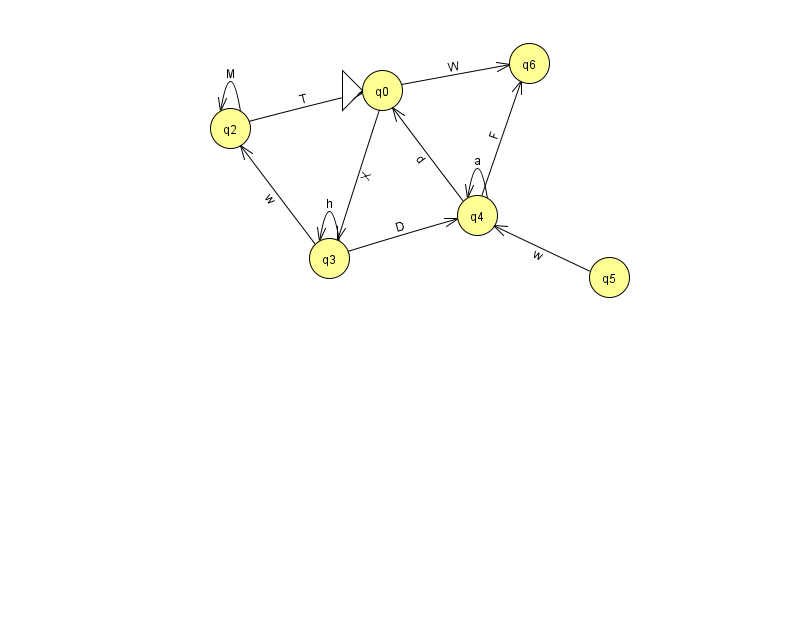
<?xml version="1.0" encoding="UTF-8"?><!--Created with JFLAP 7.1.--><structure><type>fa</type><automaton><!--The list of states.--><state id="0" name="q0"><x>382.0</x><y>77.0</y><initial/></state><state id="2" name="q2"><x>230.0</x><y>115.0</y></state><state id="3" name="q3"><x>329.0</x><y>245.0</y></state><state id="4" name="q4"><x>477.0</x><y>202.0</y></state><state id="5" name="q5"><x>609.0</x><y>264.0</y></state><state id="6" name="q6"><x>529.0</x><y>50.0</y></state><!--The list of transitions.--><transition><from>0</from><to>3</to><read>X</read></transition><transition><from>0</from><to>6</to><read>W</read></transition><transition><from>2</from><to>0</to><read>T</read></transition><transition><from>4</from><to>4</to><read>a</read></transition><transition><from>4</from><to>0</to><read>d</read></transition><transition><from>4</from><to>6</to><read>F</read></transition><transition><from>3</from><to>3</to><read>h</read></transition><transition><from>5</from><to>4</to><read>w</read></transition><transition><from>3</from><to>2</to><read>w</read></transition><transition><from>3</from><to>4</to><read>D</read></transition><transition><from>2</from><to>2</to><read>M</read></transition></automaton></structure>